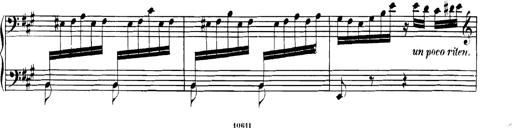
Title: Spinnerlied aus dem Fliegenden HollÃ¤nder
Composer: Franz Liszt